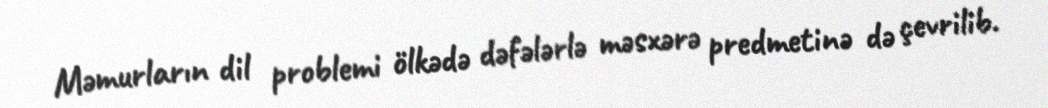
Məmurların dil problemi ölkədə dəfələrlə məsxərə predmetinə də çevrilib.